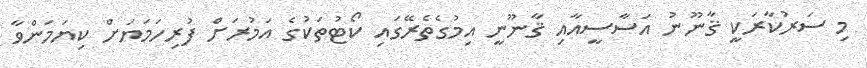
މި ސަރުކާރަކީ ޤާނޫނު އަސާސީއާއި ޤާނޫނީ އިމުގެތެރޭގައި ކޯޓުތަކުގެ އަމުރަށް ފުރިހަމަޔަށް ކިޔަމަންވާ